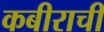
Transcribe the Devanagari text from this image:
कबीराची